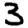
Digit: 3